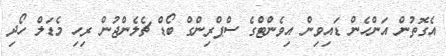
އެގޮތުން އަންހެން ޑައިވިން އިވެންޓްގެ ސްޕްރިންގް ބޯޑް ޗެލެންޖުން ރިހި މެޑަލް ހޯދި